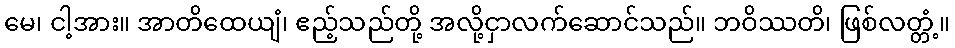
မေ၊ ငါ့အား။ အာတိထေယျံ၊ ဧည့်သည်တို့ အလို့ငှာလက်ဆောင်သည်။ ဘဝိဿတိ၊ ဖြစ်လတ္တံ့။